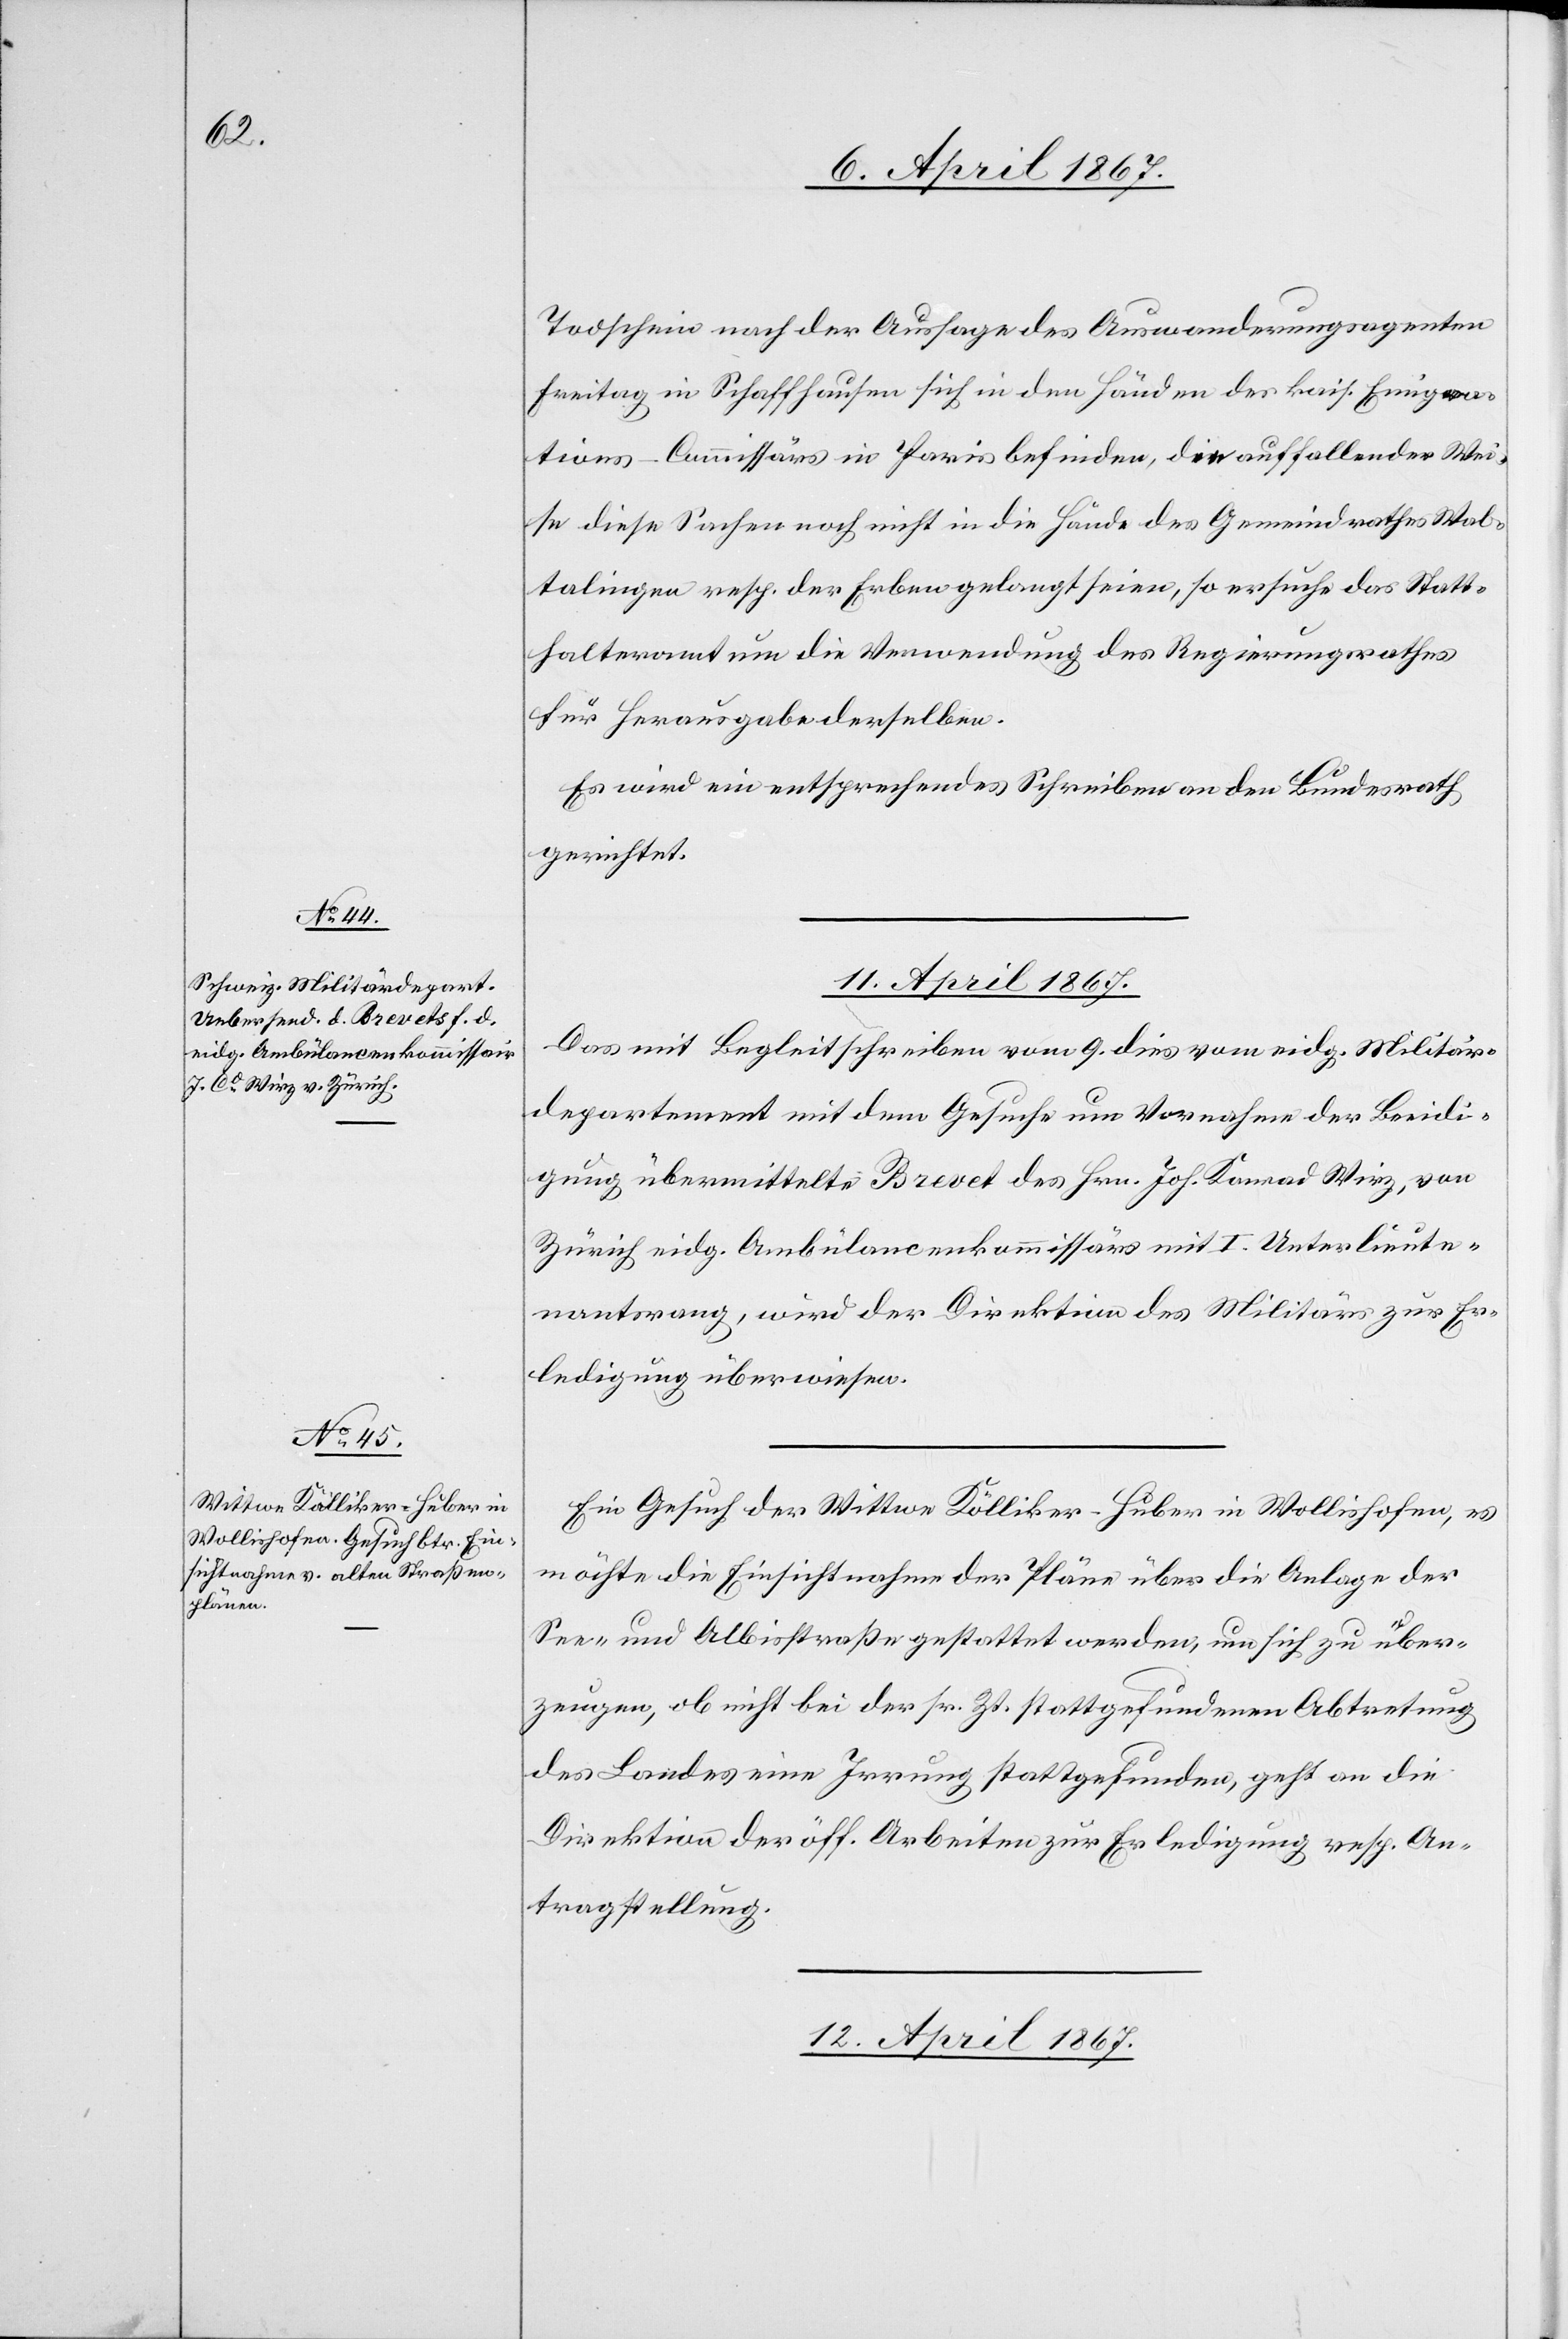
Todschein nach der Aussage des Auswanderungsagenten
Freitag in Pfaffhausen sich in den Händen der kais. Emigra¬
tions-Commissärs in Paris befinden, da auffallender Wei¬
se diese Sachen noch nicht in die Hände des Gemeindraths Wal¬
talingen resp. der Erben gelangt seien, so ersuche das Statt¬
halteramt nun die Verwendung des Regierungsrathes
für Herausgabe derselben.
Es wird ein entsprechendes Schreiben an den Bundesrath
gerichtet.
11. April 1867.]
Das mit Begleitschreiben vom 9. dies vom eidg. Militär¬
departement mit dem Gesuch um Vornahme der Beeidi¬
gung übermittelte Brevet des Hrn. Joh. Konrad Weiz, von
Zürich eidg. Ambulancenkommissärs mit I. Unterlieute¬
nantrang, wird der Direktion des Militärs zur Er¬
ledigung überwiesen.
Ein Gesuch der Wittwe Dälliker-Huber in Wollishofen, es
möchte die Einsichtnahme der Pläne über die Anlage der
See- und Albisstraße gestattet werden, um sich zu über¬
zeugen, ob nicht bei der sr. Zt. stattgefundenen Abtretung
des Landes eine Irrung stattgefunden, geht an die
Direktion der öff. Arbeiten zur Erledigung resp. An¬
tragstellung.
12. April 1867.